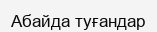
Абайда туғандар